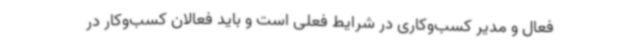
فعال و مدیر کسب‌وکاری در شرایط فعلی است و باید فعالان کسب‌وکار در